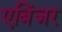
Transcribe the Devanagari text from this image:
एबिंजर